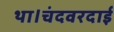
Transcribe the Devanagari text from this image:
था।चंदवरदाई